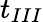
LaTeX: t_{III}